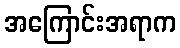
အကြောင်းအရာက